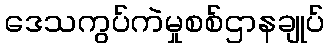
ဒေသကွပ်ကဲမှုစစ်ဌာနချုပ်